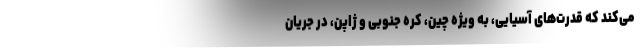
می‌کند که قدرت‌های آسیایی، به ویژه چین، کره جنوبی و ژاپن، در جریان